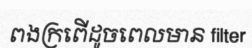
ពងក្រពើដូចពេលមាន filter